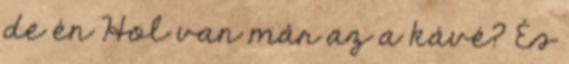
de én Hol van már az a kávé? És